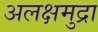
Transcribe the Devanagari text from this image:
अलक्षमुद्रा